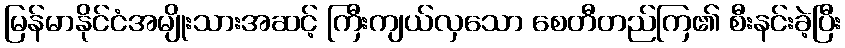
မြန်မာနိုင်ငံအမျိုးသားအဆင့် ကြီးကျယ်လှသော စေတီတည်ကြ၏ စီးနင်းခဲ့ပြီး